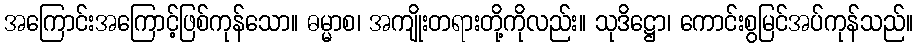
အကြောင်းအကြောင့်ဖြစ်ကုန်သော။ ဓမ္မာစ၊ အကျိုးတရားတို့ကိုလည်း။ သုဒိဋ္ဌော၊ ကောင်းစွမြင်အပ်ကုန်သည်။